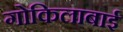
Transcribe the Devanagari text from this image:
गोकिलाबाई